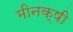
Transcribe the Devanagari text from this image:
मीनक्षी